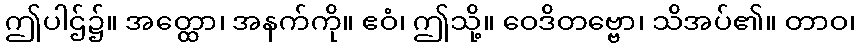
ဤပါဌ်၌။ အတ္ထော၊ အနက်ကို။ ဧဝံ၊ ဤသို့။ ဝေဒိတဗ္ဗော၊ သိအပ်၏။ တာဝ၊